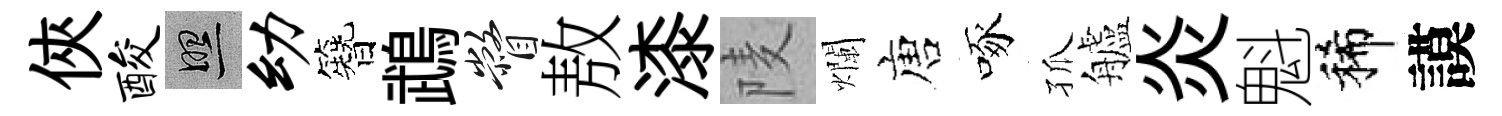
俠酸照幼簪鵡瞥敖漆𨹧爛唐啄孤艫炎魁稀謨